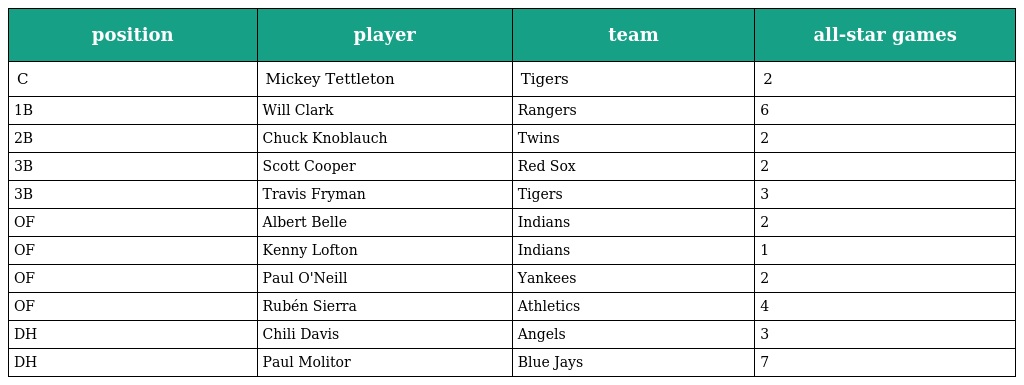
| position | player | team | all-star games |
 | --- | --- | --- | --- |
 | C | Mickey Tettleton | Tigers | 2 |
 | 1B | Will Clark | Rangers | 6 |
 | 2B | Chuck Knoblauch | Twins | 2 |
 | 3B | Scott Cooper | Red Sox | 2 |
 | 3B | Travis Fryman | Tigers | 3 |
 | OF | Albert Belle | Indians | 2 |
 | OF | Kenny Lofton | Indians | 1 |
 | OF | Paul O'Neill | Yankees | 2 |
 | OF | Rubén Sierra | Athletics | 4 |
 | DH | Chili Davis | Angels | 3 |
 | DH | Paul Molitor | Blue Jays | 7 |